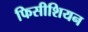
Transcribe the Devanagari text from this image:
फिसीशियन